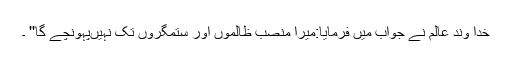
خدا وند عالم نے جواب میں فرمایا:میرا منصب ظالموں اور ستمگروں تک نہیںپہونچے گا'' ۔